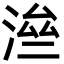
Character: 㴉